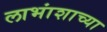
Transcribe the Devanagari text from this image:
लाभांशाच्या